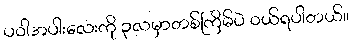
ပဝါအပါးလေးကို ၃လမှာတစ်ကြိမ်ပဲ ဝယ်ရပါတယ်။